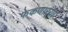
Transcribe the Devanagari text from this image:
फेकणार्‍या